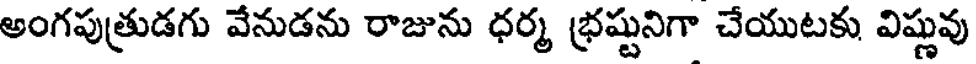
అంగపుత్రుడగు వేనుడను రాజును ధర్మ భ్రష్టునిగా చేయుటకు విష్ణువు